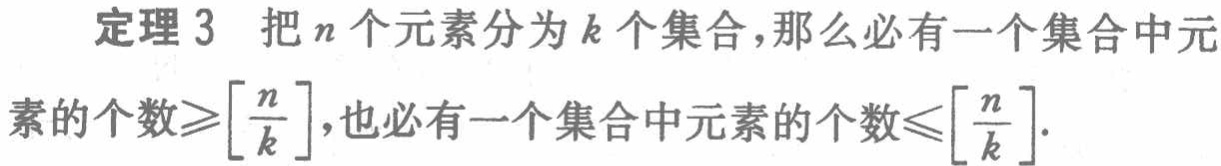
定理 3 把\(n\)个元素分为\(k\)个集合，那么必有一个集合中元素的个数\(\geqslant\left[\frac{n}{k}\right]\)，也必有一个集合中元素的个数\(\leqslant\left[\frac{n}{k}\right]\)。